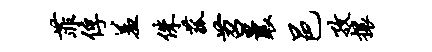
菲俘羞侏菰苕曩邑孜攘